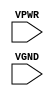
module sky130_fd_sc_hs__tapvpwrvgnd (
    VPWR,
    VGND
);

    input VPWR;
    input VGND;
endmodule